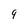
Character: 9